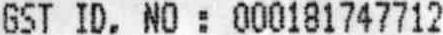
GST ID. NO : 000181747712